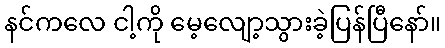
နင်ကလေ ငါ့ကို မေ့လျော့သွားခဲ့ပြန်ပြီနော်။